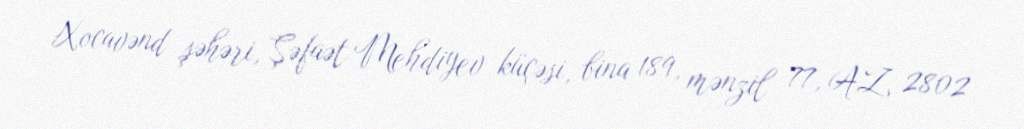
Xocavənd şəhəri, Şəfaət Mehdiyev küçəsi, bina 189, mənzil 77, AZ 2802